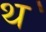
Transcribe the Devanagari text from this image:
थ॓